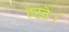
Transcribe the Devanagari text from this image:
हटते।